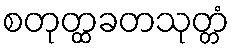
စတုတ္ထခတသုတ္တံ